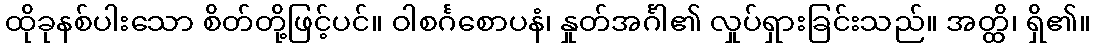
ထိုခုနစ်ပါးသော စိတ်တို့ဖြင့်ပင်။ ဝါစင်္ဂစောပနံ၊ နှုတ်အင်္ဂါ၏ လှုပ်ရှားခြင်းသည်။ အတ္ထိ၊ ရှိ၏။